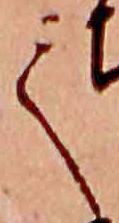
て